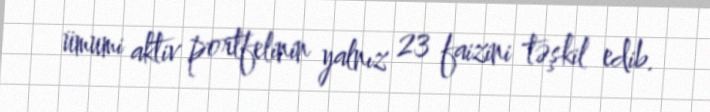
ümumi aktiv portfelinin yalnız 23 faizini təşkil edib.